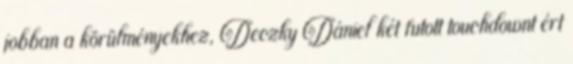
jobban a körülményekhez, Deczky Dániel két futott touchdownt ért